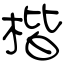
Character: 楷